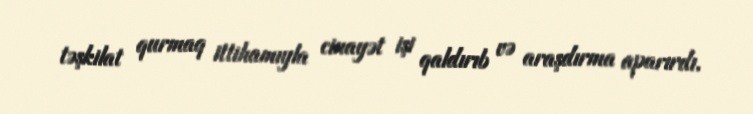
təşkilat qurmaq ittihamıyla cinayət işi qaldırıb və araşdırma aparırdı.